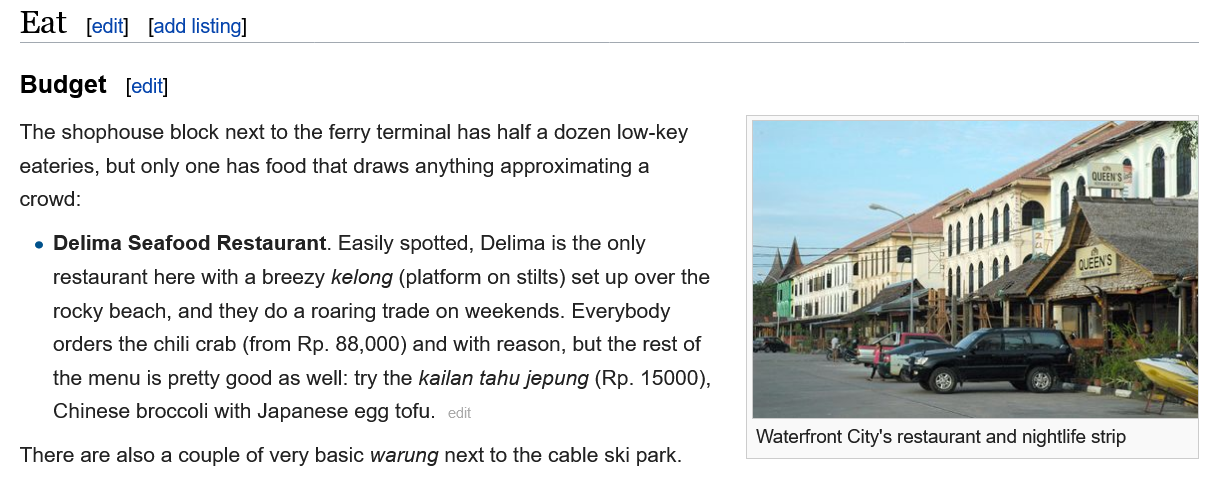
Eat
  Budget
  The shophouse block next to the ferry terminal has half a dozen low-key
  eateries, but only one has food that draws anything approximating a
  crowd:
     Delima Seafood Restaurant. Easily spotted, Delima is the only
     restaurant here with a breezy kelong (platform on stilts) set up over the
     rocky beach, and they do a roaring trade on weekends. Everybody
     orders the chili crab (from Rp. 88,000) and with reason, but the rest of
     the menu is pretty good as well: try the kailan tahu jepung (Rp. 15000),
     Chinese broccoli with Japanese egg tofu.
  There are also a couple of very basic warung next to the cable ski park.
     Waterfront City's restaurant and nightlife strip
     [edit] [add listing]
     [edit]